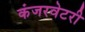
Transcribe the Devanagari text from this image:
कंजरवेटरी